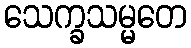
သေက္ခသမ္မတေ